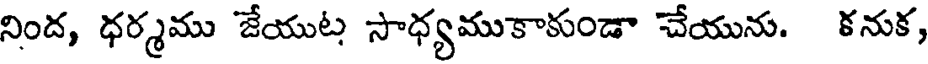
నింద, ధర్మము జేయుట సాధ్యముకాకుండా చేయును. కనుక,